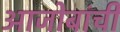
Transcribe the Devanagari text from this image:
आजोबांची